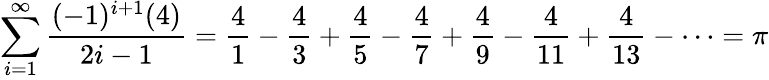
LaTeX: \sum_{i=1}^{\infty}{\frac{(-1)^{i+1}(4)}{2i-1}}={\frac{4}{1}}-{\frac{4}{3}}+{\frac{4}{5}}-{\frac{4}{7}}+{\frac{4}{9}}-{\frac{4}{11}}+{\frac{4}{13}}-\cdots=\pi